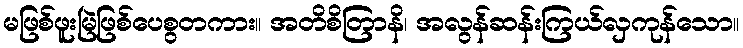
မဖြစ်ဖူးမြဲဖြစ်ပေစွတကား။ အတိစိတြာနိ၊ အလွန်ဆန်းကြယ်လှကုန်သော။